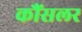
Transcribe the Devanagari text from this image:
कौंसलर